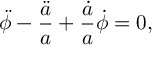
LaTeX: \ddot { \phi } - \frac { \ddot { a } } { a } + \frac { \dot { a } } { a } \dot { \phi } = 0 ,